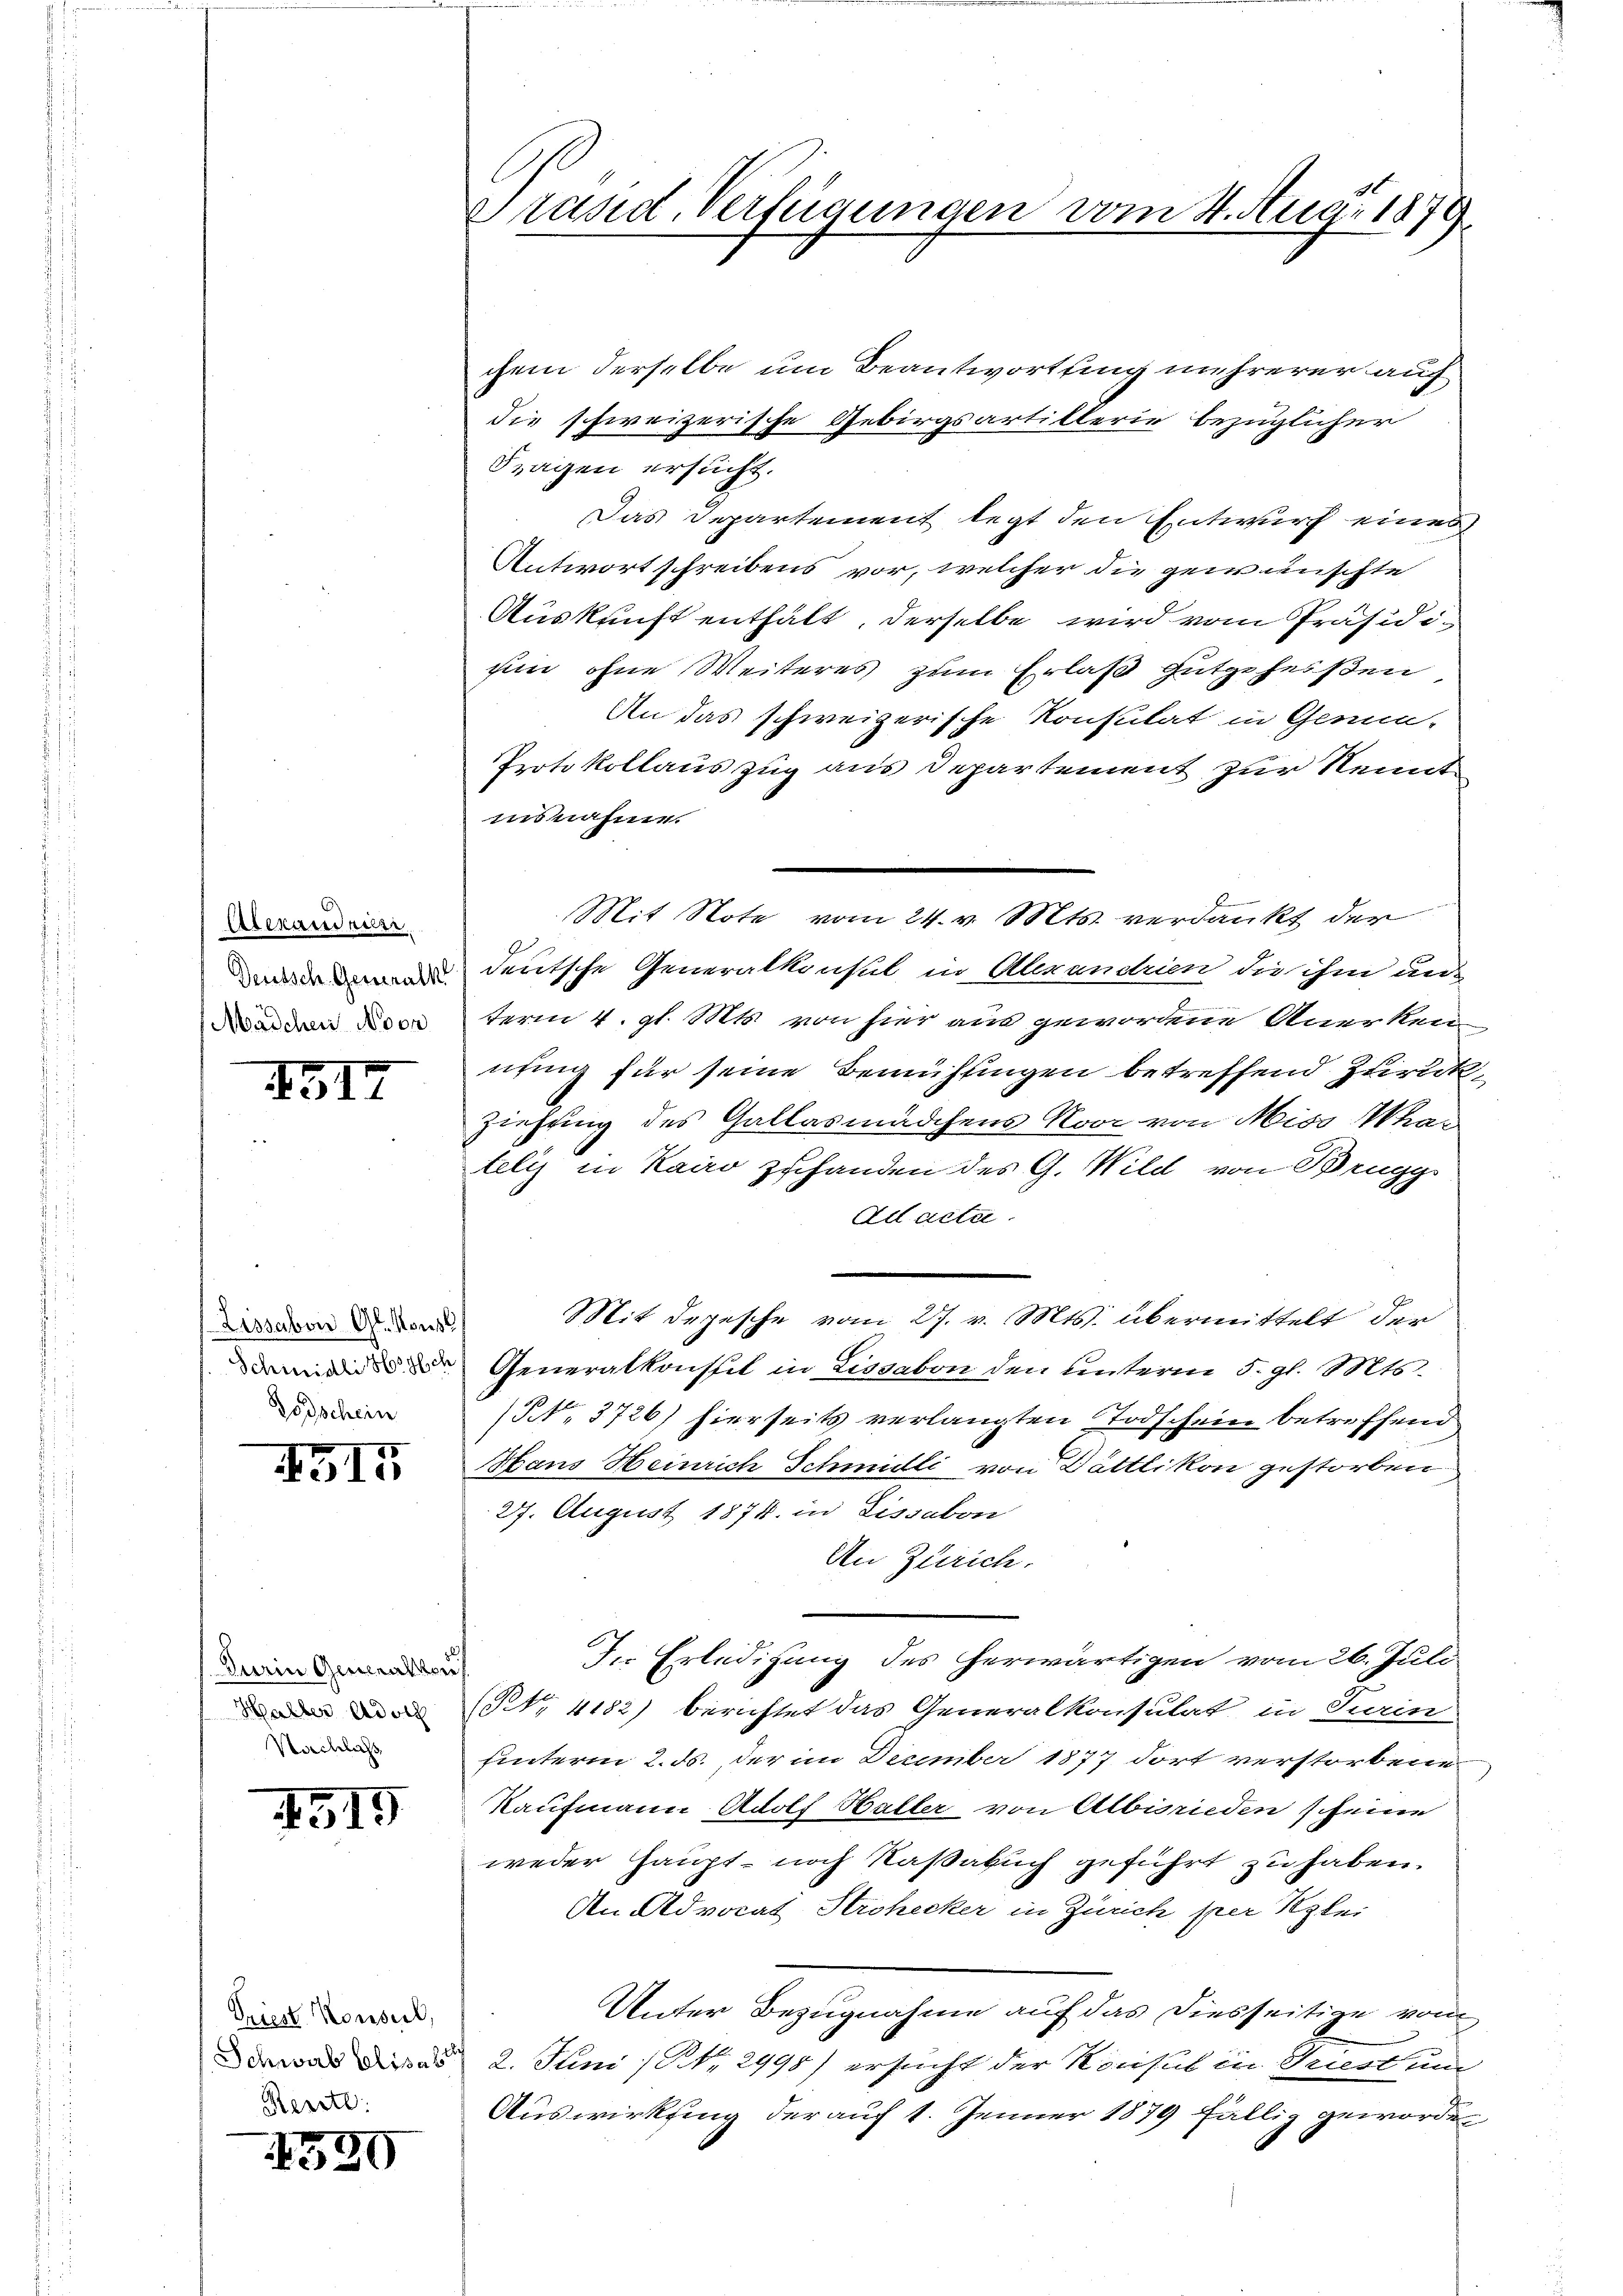
Alexandnisse
Deutsch. Generalk
Mädchen Noon

4517

Lissabon Gl. Kons
Schmidli Hoysch
Godschein

4515

Durin Generalkon
Haller Adolf
Nachlass

1519

Priest Konseil,
Schwab Elisab
Rente:

599

Prand Verfügungen vom 4. Aug. 1879.

chem derselbe um Beantwortung mehrerer auf
die schweizerische Gebirgsartillerie bezüglicher
Fragen ersucht.
Das Departement legt den Entwurf eines
Antwortschreibens vor, welcher die gewünschte
Auskunft enthält, derselbe wird vom Präsidisii ohne Weiteres zum Erlaß gutgeheißen
An das schweizerische Konsulat in Genin-
Protokollauszug aus Departement zur Kenntinsnahme.
deutsche Generalkonsul in Alexandrien die ihm anterm 4. gl. Mts. von hier aus gewordene Anerken-
nung für seine Bemühungen betreffend Zurück¬
Ziehung des Gallasmädchens Noor von Miss kateli in Kairo zuhanden des G. Wild von Brugg
Ad acta
Mit Depesche vom 27. v. Mts. übermittelt der
Generalkonseil in Lissabon den unterm 5. gl. Mts.
N 3726) hierseits verlangten Todschein betreffend
Hans Heinrich Schmulli von Dättlikon gestorben.
27. August 1874. in Lissabon
An Zürich.
In Erledigung des herwärtigen vom 26. Juli
N. 4182) berichtet das Generalkonsulat, in Turin
hinterm 2. ds. der im December 1877 dort verstorbene
Kaufmann Adolf Haller von Albisrieden scheine
weder Haupt- noch Kaßabuch geführt zu haben.
An Advocat Strohecker in Zürich per Klei
Unter Bezugnahme auf das diesseitige von
2. Juni / NNo. 2998) ersucht der Konsul in Triest um
Auswirkling der auf 1. Jenner 1879 fällig geworde¬

Mit Note vom 24. v. Mts. verdankt der